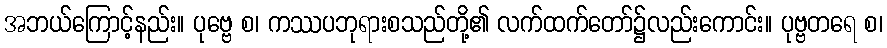
အဘယ်ကြောင့်နည်း။ ပုဗ္ဗေ စ၊ ကဿပဘုရားစသည်တို့၏ လက်ထက်တော်၌လည်းကောင်း။ ပုဗ္ဗတရေ စ၊